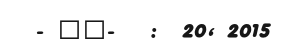
- ""-   :  20